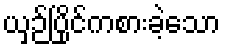
ယှဉ်ပြိုင်ကစားခဲ့သော